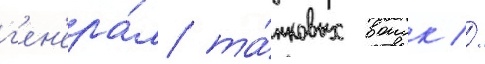
г'ен'ера́л та́нковых воиск //